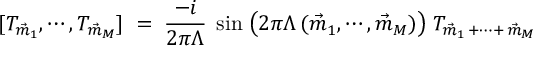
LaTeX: [ T _ { \vec { m } _ { 1 } } , \cdots , T _ { \vec { m } _ { M } } ] \; = \; \frac { - i } { 2 \pi \Lambda } \; \sin \; \bigl ( 2 \pi \Lambda \, ( \vec { m } _ { 1 } , \cdots , \vec { m } _ { M } ) \big ) \; T _ { \vec { m } _ { 1 } \, + \cdots + \, \vec { m } _ { M } }